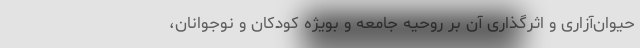
حیوان‌آزاری و اثرگذاری آن بر روحیه جامعه و بویژه کودکان و نوجوانان،